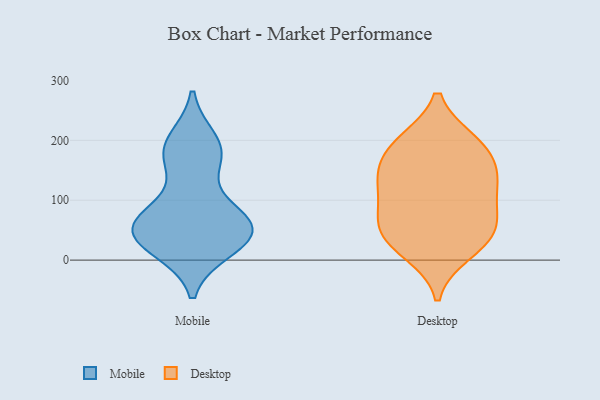
{"axis": {"x": "Bounce Rate (%)", "y": "Value"}, "legend": ["Desktop", "Mobile"], "data": [{"x": "", "y": 183, "type": "Mobile"}, {"x": "", "y": 55, "type": "Mobile"}, {"x": "", "y": 34, "type": "Mobile"}, {"x": "", "y": 36, "type": "Mobile"}, {"x": "", "y": 61, "type": "Mobile"}, {"x": "", "y": 74, "type": "Mobile"}, {"x": "", "y": 32, "type": "Mobile"}, {"x": "", "y": 20, "type": "Mobile"}, {"x": "", "y": 67, "type": "Mobile"}, {"x": "", "y": 179, "type": "Mobile"}, {"x": "", "y": 167, "type": "Mobile"}, {"x": "", "y": 198, "type": "Mobile"}, {"x": "", "y": 67, "type": "Mobile"}, {"x": "", "y": 83, "type": "Desktop"}, {"x": "", "y": 96, "type": "Desktop"}, {"x": "", "y": 138, "type": "Desktop"}, {"x": "", "y": 191, "type": "Desktop"}, {"x": "", "y": 138, "type": "Desktop"}, {"x": "", "y": 44, "type": "Desktop"}, {"x": "", "y": 130, "type": "Desktop"}, {"x": "", "y": 26, "type": "Desktop"}, {"x": "", "y": 156, "type": "Desktop"}, {"x": "", "y": 13, "type": "Desktop"}, {"x": "", "y": 61, "type": "Desktop"}, {"x": "", "y": 196, "type": "Desktop"}, {"x": "", "y": 198, "type": "Desktop"}, {"x": "", "y": 49, "type": "Desktop"}]}